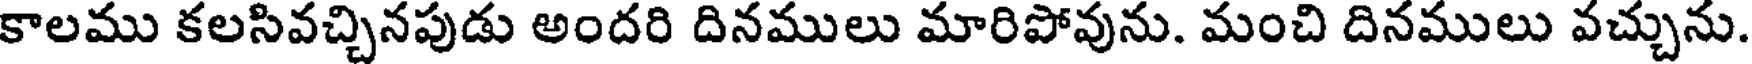
కాలము కలసివచ్చినపుడు అందరి దినములు మారిపోవును. మంచి దినములు వచ్చును.